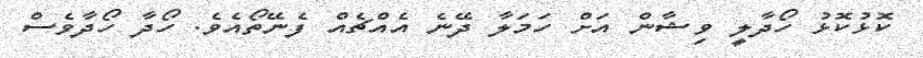
ކޮޅުކޮޅު ހޯދާލީ ވިޝާން އަށް ހަމަލާ ދޭނެ އެއްޗެއް ފެނޭތޯއެވެ. ހޯދާ ހޯދާވެސް